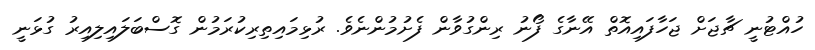
ހުއްޓުނީ ޗާޖަށް ޖަހާފައިއޮތް އޭނާގެ ފޯނު ރިންގުވާން ފެށުމުންނެވެ. ރުޅިމައިތިރިކުރަމުން ގޮސްބަލައިލިއިރު ގުޅަނީ